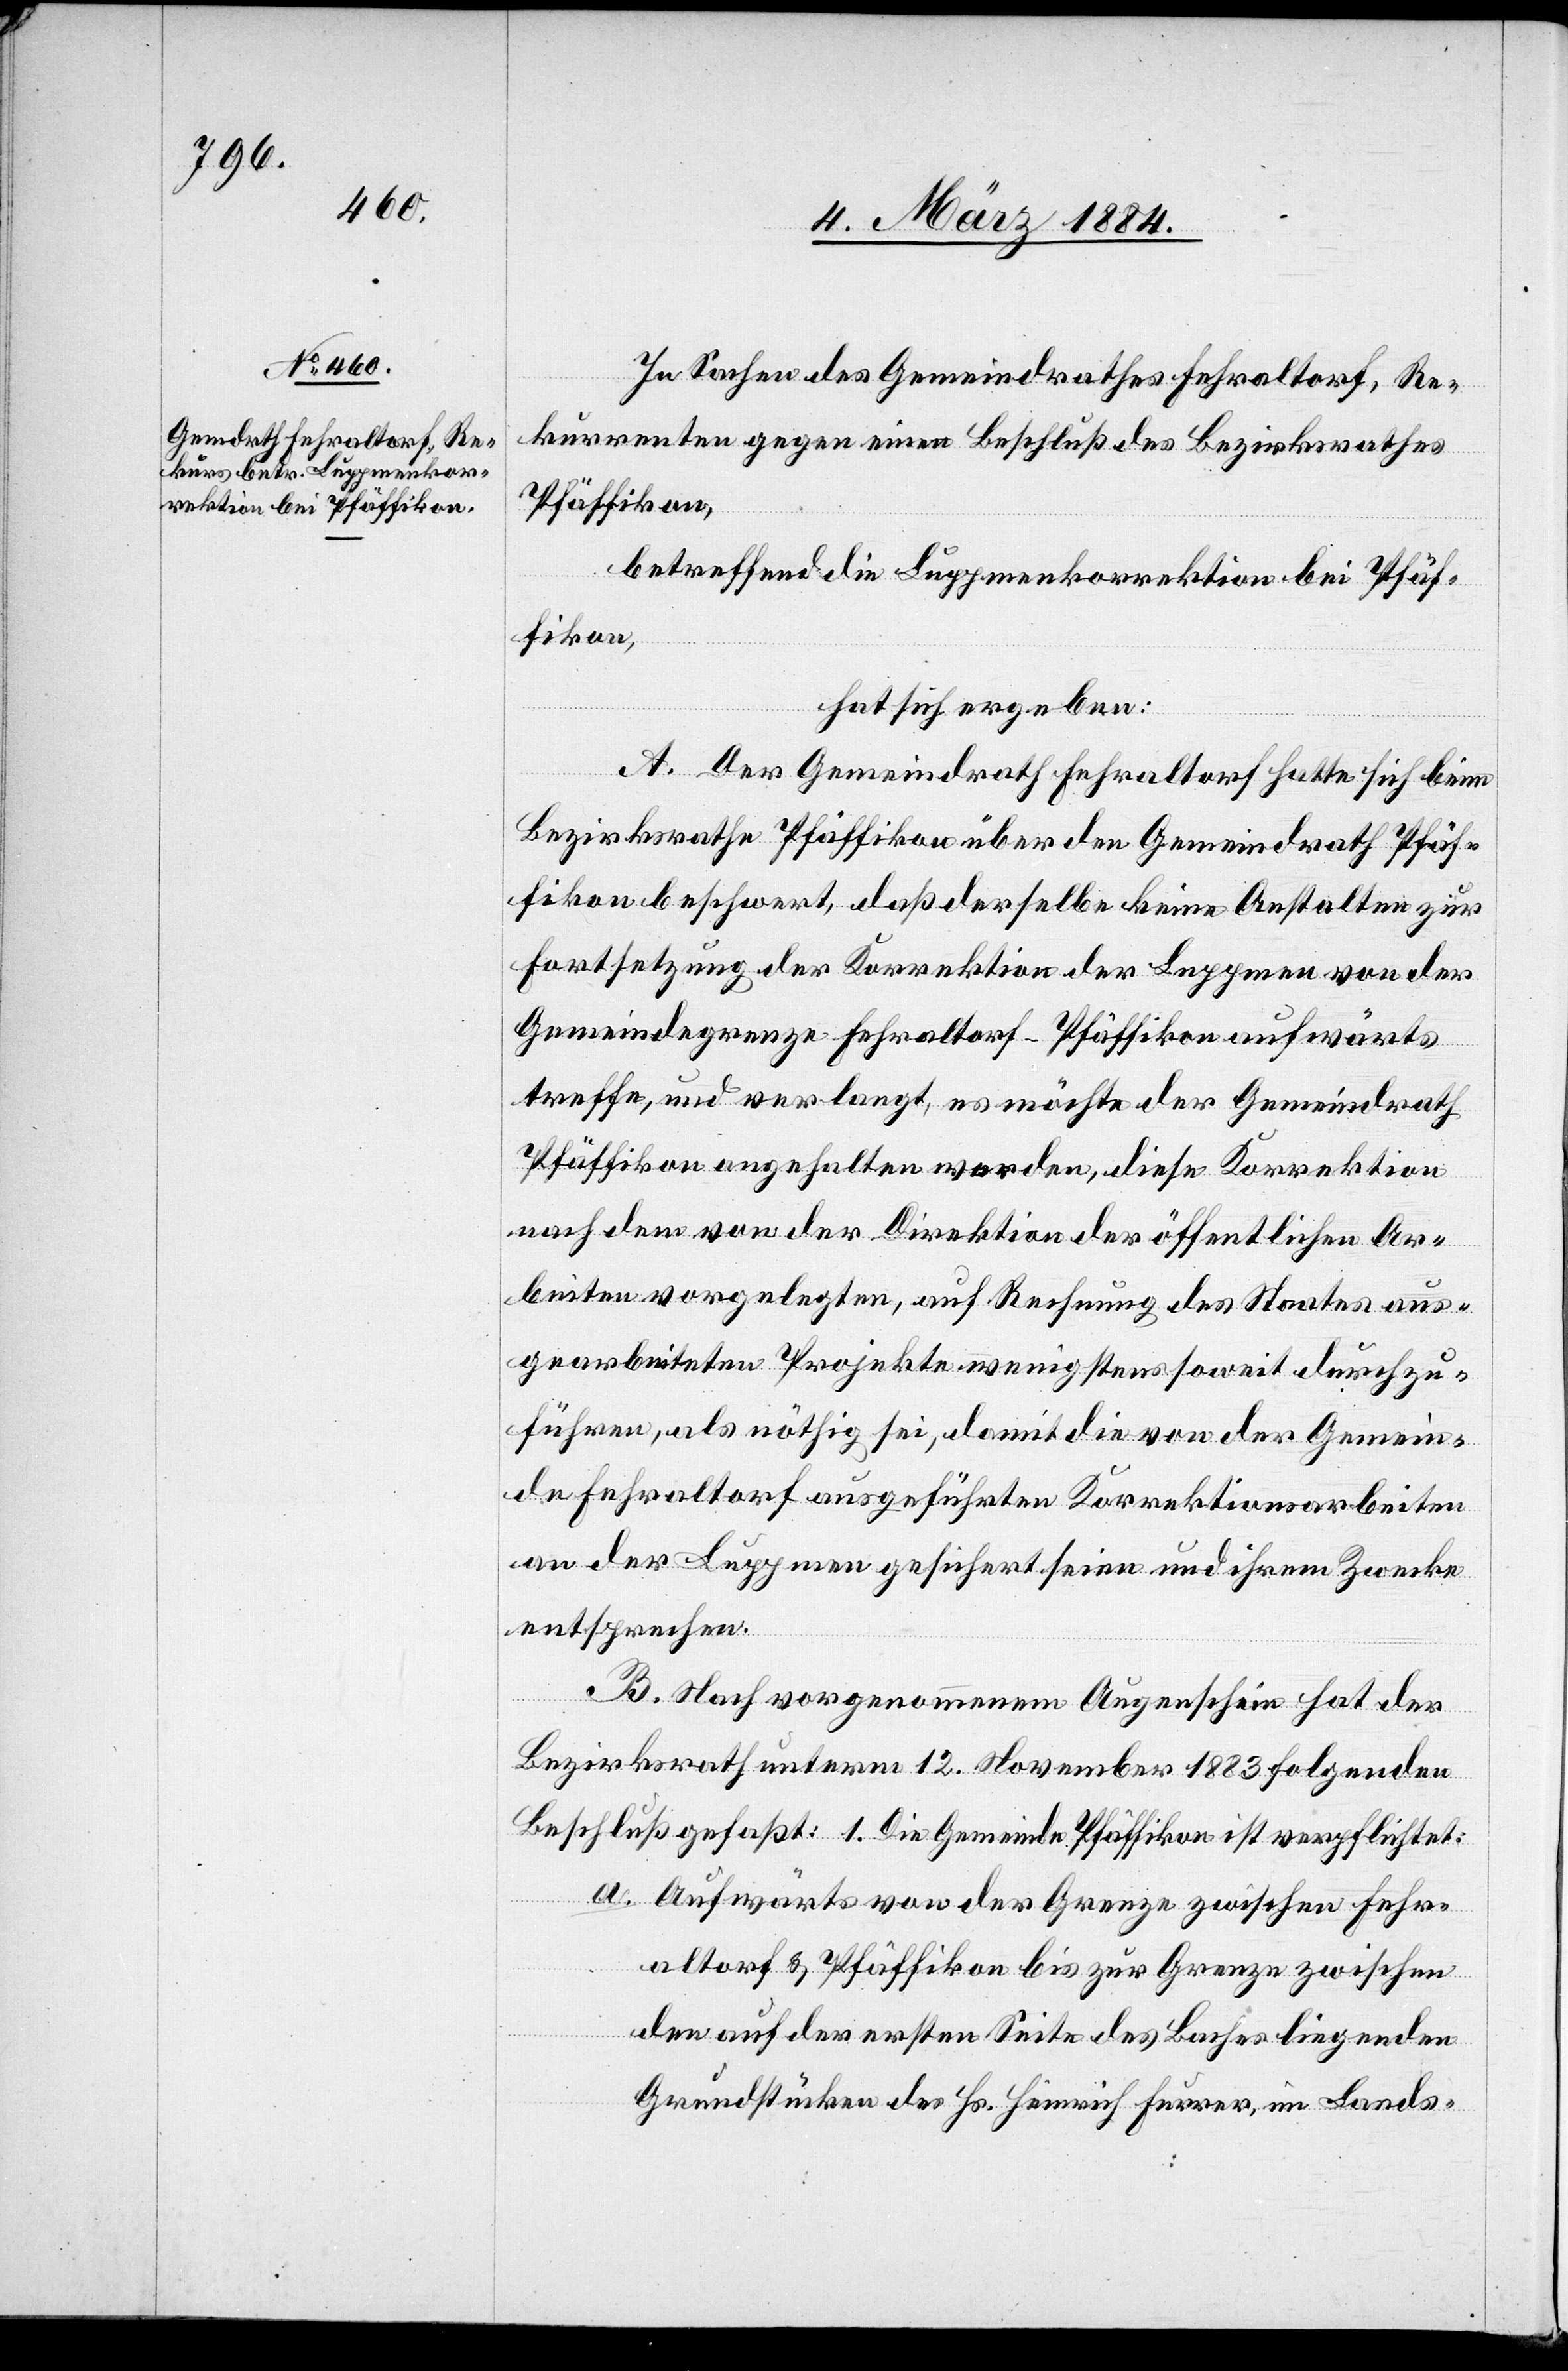
In Sachen des Gemeindrathes Fehraltorf, Re¬
kurrenten gegen einen Beschluß des Bezirksrathes
Pfäffikon,
betreffend der Luppmenkorrektion bei Pfäf¬
fikon,
hat sich ergeben:
A. Der Gemeindrath Fehraltorf hatte sich beim
Bezirksrathe Pfäffikon über den Gemeindrath Pfäf¬
fikon beschwert, daß derselbe keine Anstalten zur
Fortsetzung der Korrektion der Luppmen von der
Gemeindegrenze Fehraltorf–Pfäffikon aufwärts
treffe, und verlangt, es möchte der Gemeindrath
Pfäffikon angehalten werden, diese Korrektion
nach dem von der Direktion der öffentlichen Ar¬
beiten vorgelegten, auf Rechnung des Staates aus¬
gearbeiteten Projekte wenigstens soweit durchzu¬
führen, als nöthig sei, damit die von der Gemein¬
de Fehraltorf ausgeführten Korrektionsarbeiten
an der Luppmen gesichert seien und ihrem Zwecke
entsprechen.
B. Nach vorgenommenen Augenschein hat der
Bezirksrath unterm 12. November 1883 folgenden
Beschluß gefaßt: 1. Die Gemeinde Pfäffikon ist verpflichtet:
a. Aufwärts von der Grenze zwischen Fehr¬
altorf & Pfäffikon bis zur Grenze zwischen
den auf der ersten Seite des Baches liegenden
Grundstücken des Hs. Heinrich Furrer, im Lands-